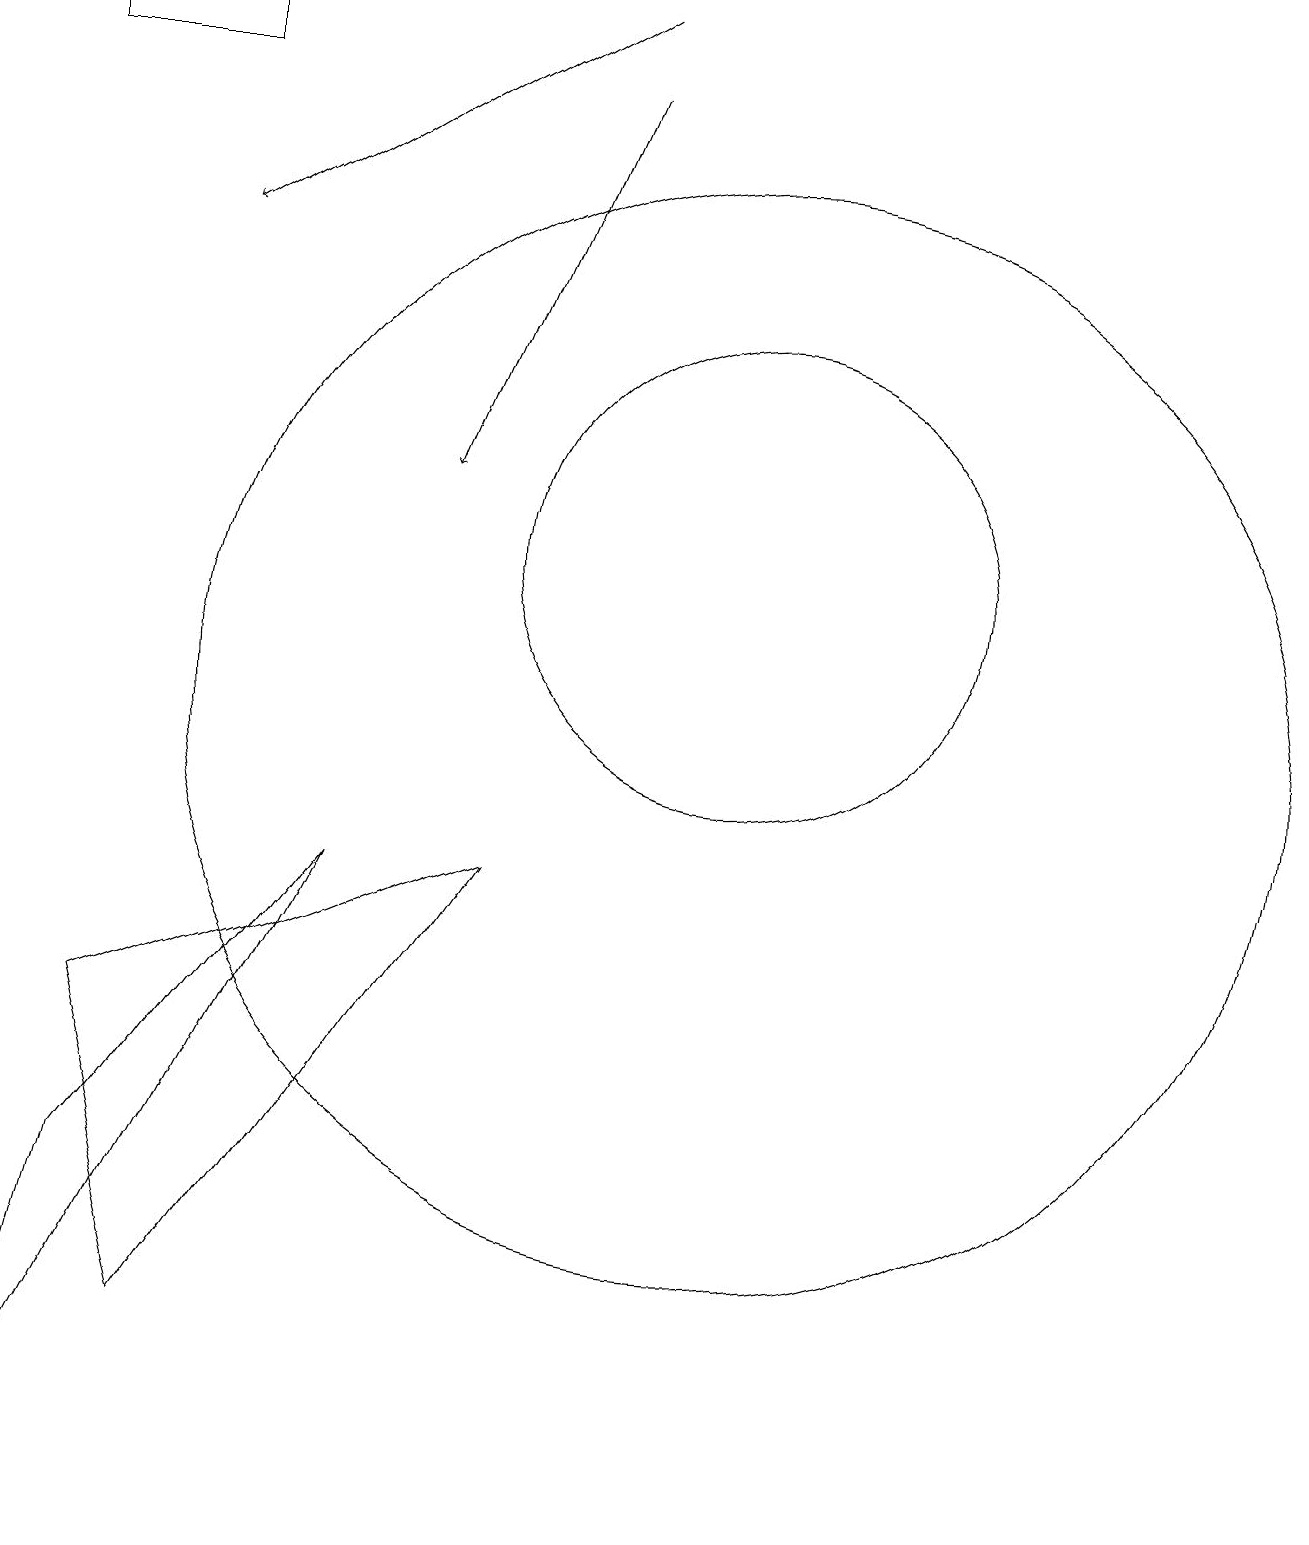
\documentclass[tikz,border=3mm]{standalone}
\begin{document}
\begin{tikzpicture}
\draw (10,12) circle (3);
\draw (2,4) -- (5,8) -- (1,0) -- cycle;
\draw (3,2) -- (2,6) -- (7,8) -- cycle;
\draw (10,10) circle (7);
\draw[->] (8,18) -- (6,13);
\draw (1,18) rectangle (3,19);
\draw[->] (8,19) -- (3,16);
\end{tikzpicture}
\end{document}